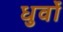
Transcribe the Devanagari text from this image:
धुर्वों